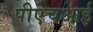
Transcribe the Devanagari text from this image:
पीएचआई